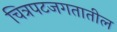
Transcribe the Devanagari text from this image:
चित्रपटजगतातील